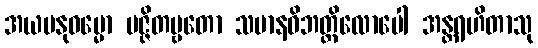
အယမနုဓမ္မော ပဇ္ဇိတဗ္ဗတော သမာနဝိဘတ္တိလောပေါ အန္တရဟိတာသု